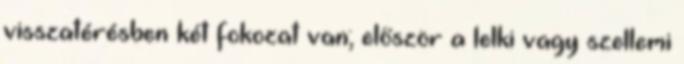
visszatérésben két fokozat van; először a lelki vagy szellemi